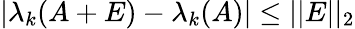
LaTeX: |\lambda_{k}(A+E)-\lambda_{k}(A)|\leq\vert\vert E\vert\vert_{2}